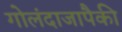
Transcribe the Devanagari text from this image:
गोलंदाजापैकी